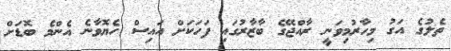
ތެލުގެ އަގު މިހާރުމިވަނީ ރާއްޖޭގެ ބާޒާރުގައި ފަހަކަށް އައިސް ހެޔޮވާނެ އެންމެ ބޮޑަށް